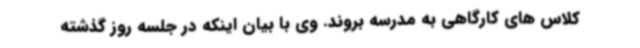
کلاس های کارگاهی به مدرسه بروند. وی با بیان اینکه در جلسه روز گذشته